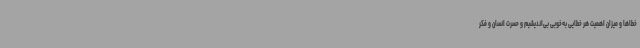
خطاها و میزان اهمیت هر خطایی به‌خوبی بی‌اندیشیم و حسرت انسان و فکر